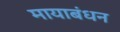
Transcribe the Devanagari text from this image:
मायाबंधन